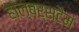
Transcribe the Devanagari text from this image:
हाल्बर्सटैम